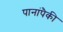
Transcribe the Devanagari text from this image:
पानांपैकी